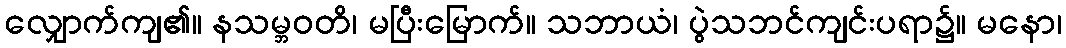
လျှောက်ကျ၏။ နသမ္ဘဝတိ၊ မပြီးမြောက်။ သဘာယံ၊ ပွဲသဘင်ကျင်းပရာ၌။ မနော၊